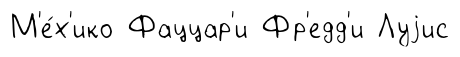
М'е́х'ико Фаццар'и Фр'едд'и Луjис